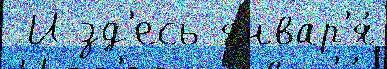
 И зд'есь январ'я́